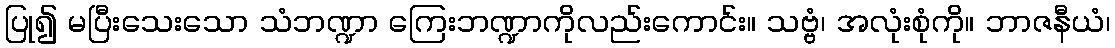
ပြု၍ မပြီးသေးသော သံဘဏ္ဍာ ကြေးဘဏ္ဍာကိုလည်းကောင်း။ သဗ္ဗံ၊ အလုံးစုံကို။ ဘာဇနီယံ၊